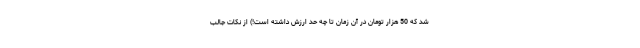
شد که 50 هزار تومان در آن زمان تا چه حد ارزش داشته است!) از نکات جالب